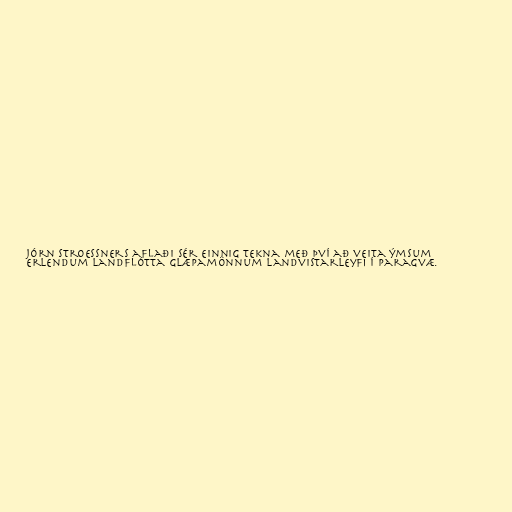
jórn Stroessners aflaði sér einnig tekna með því að veita ýmsum
erlendum landflótta glæpamönnum landvistarleyfi í Paragvæ.